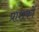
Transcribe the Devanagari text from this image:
प्राशकों